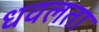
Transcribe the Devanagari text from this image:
धवलता